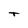
Character: T